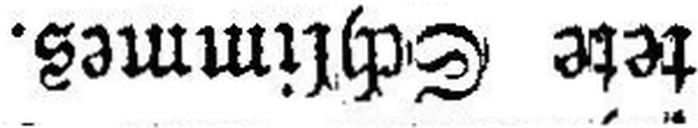
tete Schlimmes.